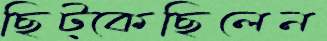
ছিট্‌কেছিলেন